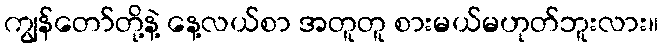
ကျွန်တော်တို့နဲ့ နေ့လယ်စာ အတူတူ စားမယ်မဟုတ်ဘူးလား။